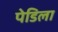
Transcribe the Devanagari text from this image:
पेडिला